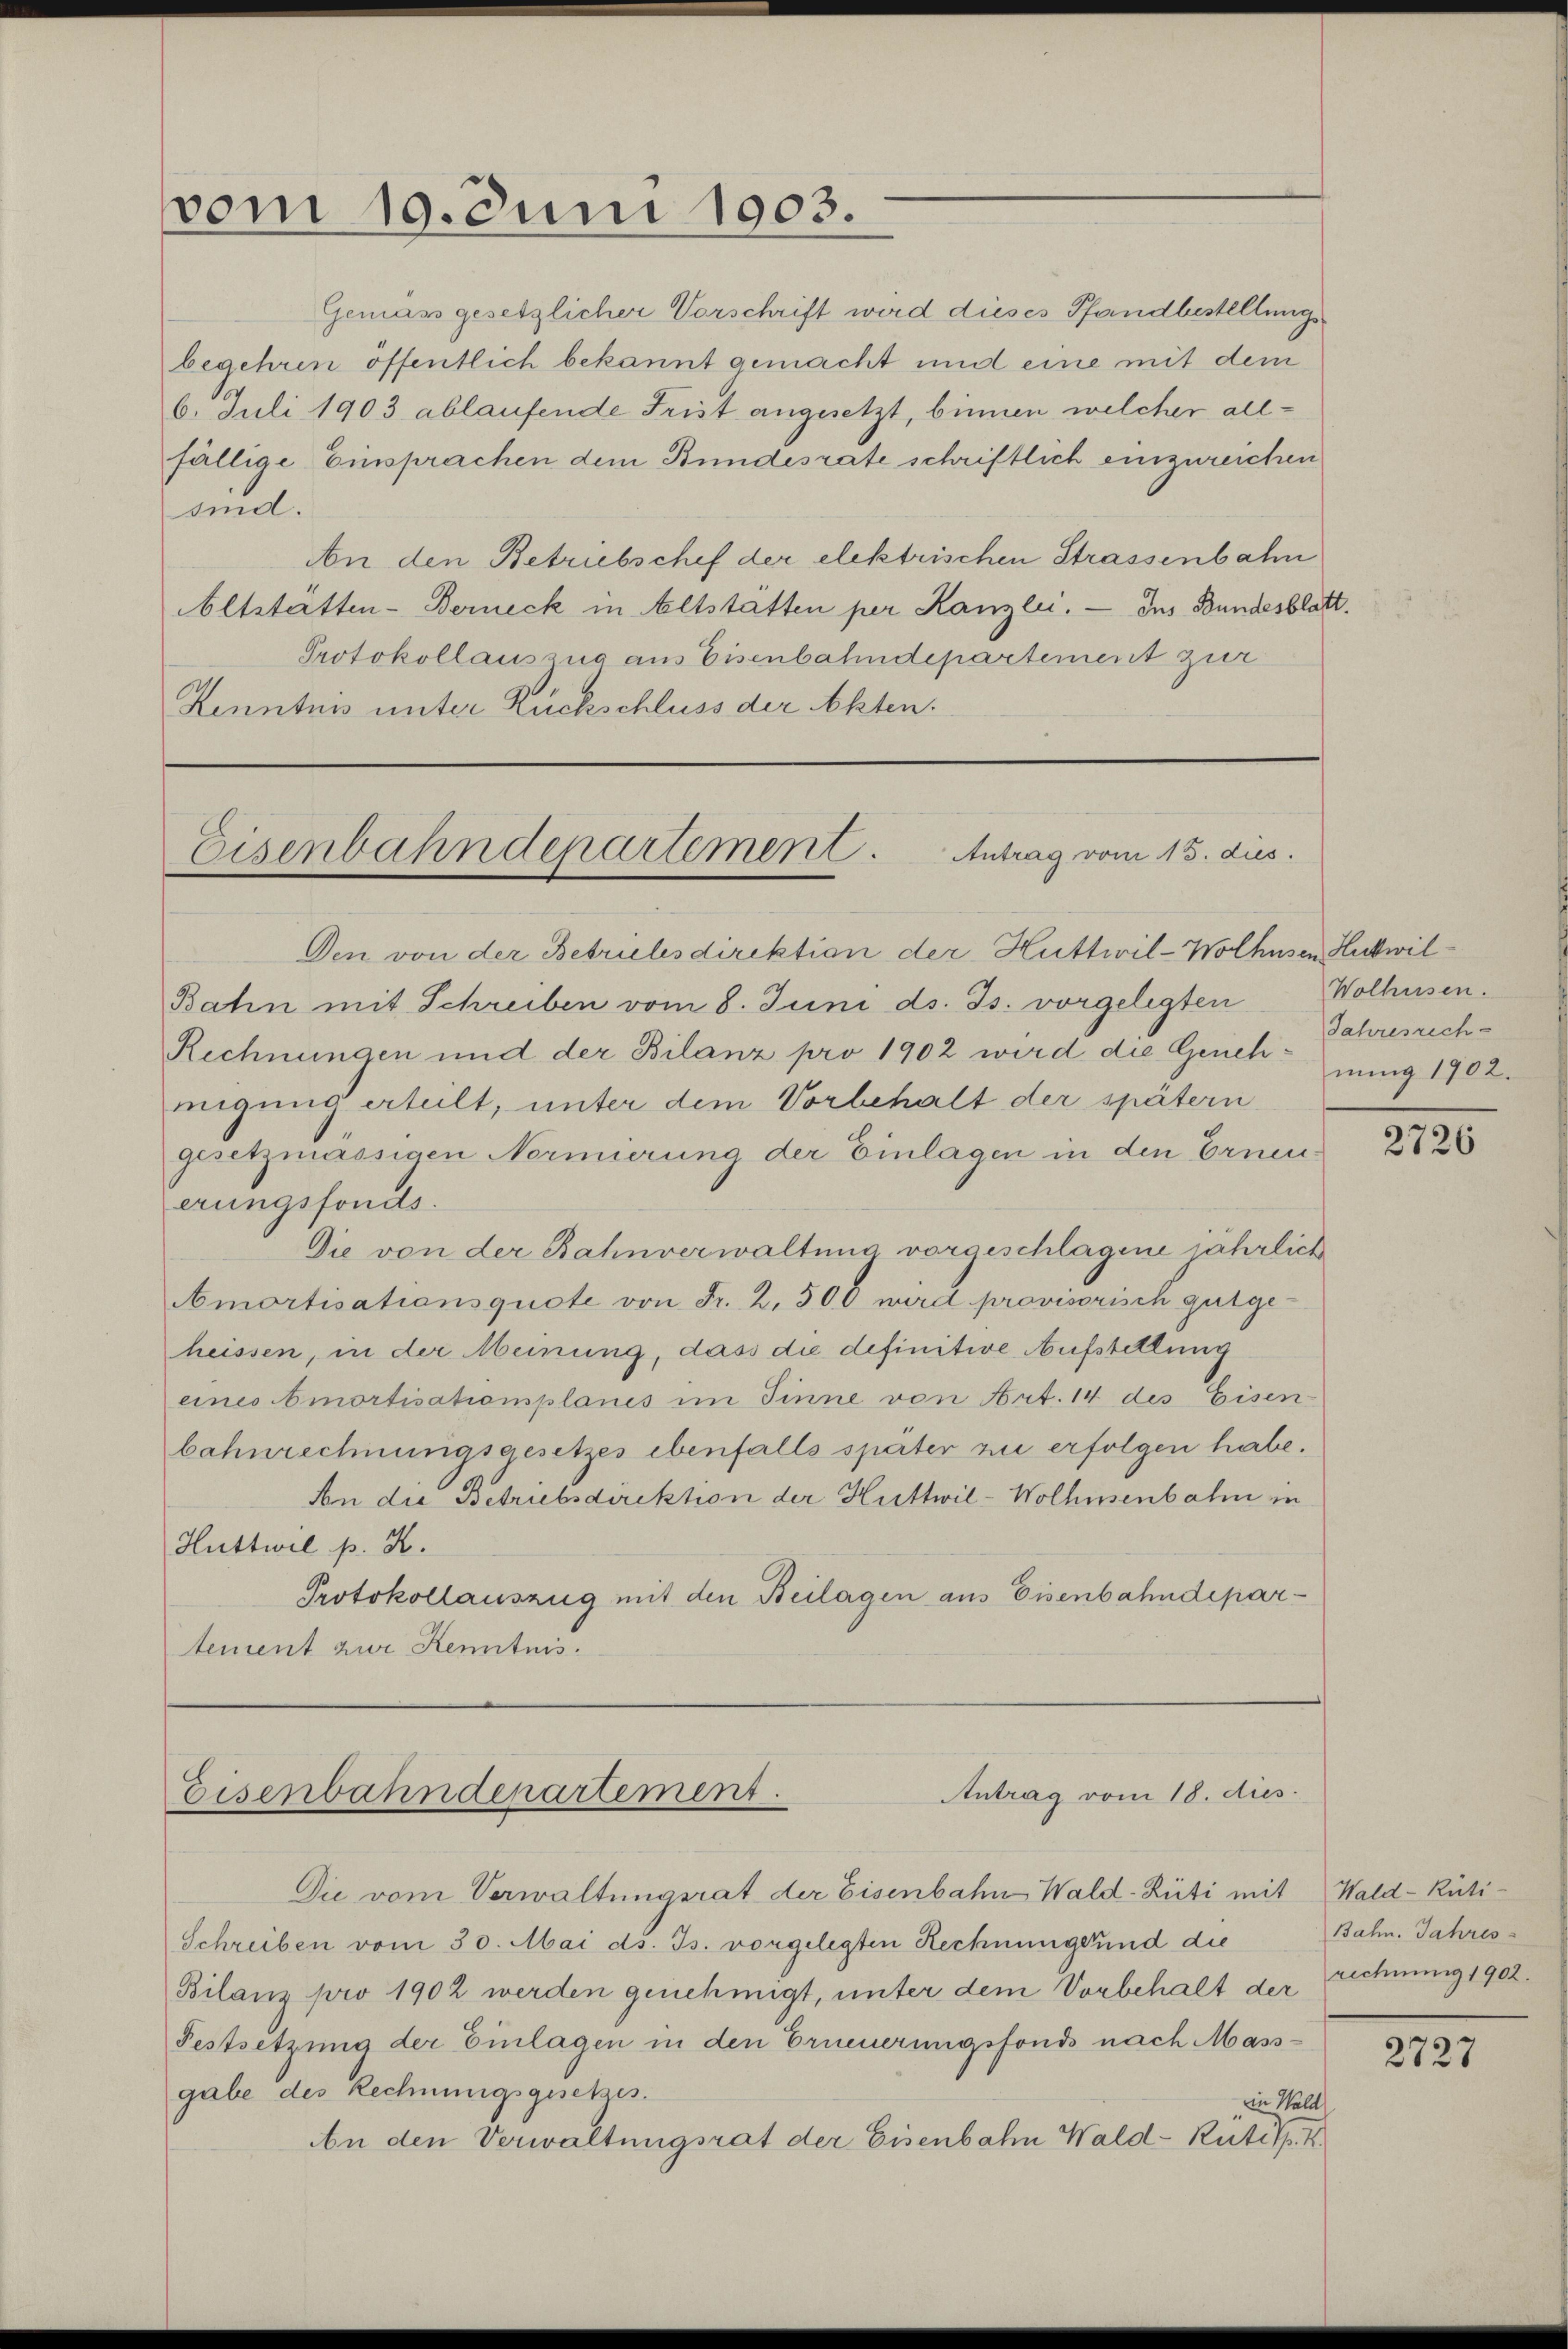
vom 19. Juni 1903.

Gemäss gesetzlicher Vorschrift wird dieses Pfandbestellungsbegehren öffentlich bekannt gemacht und eine mit dem
6. Juli 1903 ablaufende Frist angesetzt, binnen welcher allfällige Einsprachen dem Bundesrate schriftlich einzureichen
ruch.
An den Betriebschef der elektrischen Strassenbahn
Altstatten-Berneck in Altstätten per Kanzlei. — Ins Bundesblatt.
Protokollauszug aus Eisenbahndepartement zur
Kenntnis unter Rückschluss der Akten.

Eisenbahndepartement. Antrag vom 13. dies.

Den von der Betriebesdirektion der Huttwil-Wolhusen Huckwil¬
Bahn mit Schreiben vom 8. Juni ds. Js. vorgelegten Wolhusen.
Rechnungen und der Bilanz pro 1902 wird die Genehnung 1902.
migung erteilt, unter dem Vorbehalt der spätern
gesetzmässigen Normierung der Einlagen in den Erneuerungsfonds.
Die von der Bahnverwaltung vorgeschlagene jährlich
Amortisationsquote von Fr. 2, 500 wird provisorisch gutgeheissen, in der Meinung, dass die definitive Aufstellung
eines Amortisationsplanes im Sinne von Art. 14 des Eisen
bahnrechnungsgesetzes ebenfalls später zu erfolgen habe.
An die Betriebsdirektion der Huttwil-Wolhusenbahn in
Huttwil p. K.
Protokollauszug mit den Beilagen aus Eisenbahndepartement zur Kenntnis.

Antrag vom 18. dies
Eisenbahnderartement.

Jahresrech

Die vom Verwaltungsrat der Eisenbahn Wald-Rüti mit Wald–Rüti¬
Schreiben vom 30. Mai d. Js. vorgelegten Rechnung und die
Bilanz pro 1902 werden genehmigt, unter dem Vorbehalt der rechnung 1902.
Festsetzung der Einlagen in den Erneuerungsfonds nach Mass-
gabe des Rechnungsgesetzes.
in Wald
An den Verwaltungsrat der Eisenbahn Wald–Rütisp. I

2726

Bahn. Jahres

2727